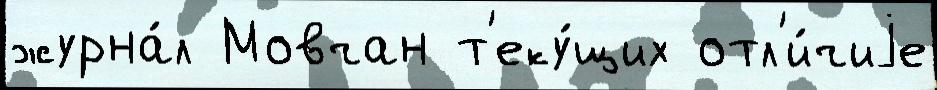
журна́л Мовчан т'еку́щих отл'и́чиjе